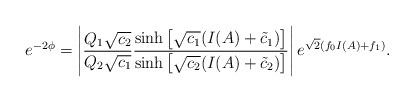
LaTeX: \begin{align*}e^{-2\phi} = \left| \frac{ Q_1 \sqrt{c_2}} {Q_2 \sqrt{c_1}} \frac{\sinh \left[ \sqrt{c_1} (I(A) + \tilde{c}_1 ) \right]}{\sinh \left[ \sqrt{c_2} (I(A) + \tilde{c}_2 ) \right]} \right|e^{\sqrt{2}(f_0 I(A)+f_1)} .\end{align*}